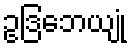
ဥဒြဘေယျုံ